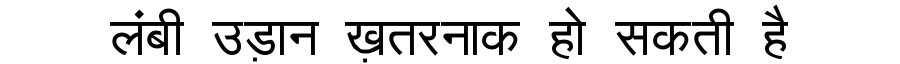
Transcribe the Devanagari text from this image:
लंबी उड़ान ख़तरनाक हो सकती है